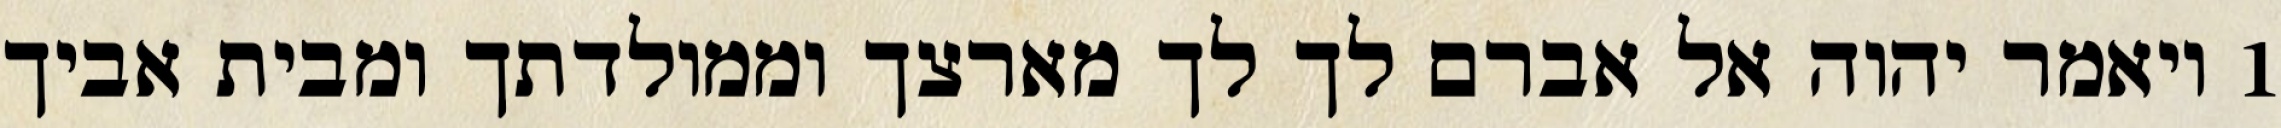
1 ויאמר יהוה אל אברם לך לך מארצך וממולדתך ומבית אביך